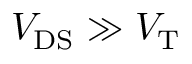
V _ { \mathrm { D S } } \gg V _ { \mathrm { T } }